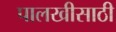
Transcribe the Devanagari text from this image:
पालखीसाठी